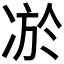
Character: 𭂔